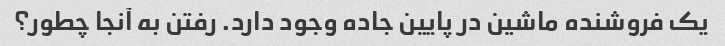
یک فروشنده ماشین در پایین جاده وجود دارد. رفتن به آنجا چطور؟